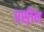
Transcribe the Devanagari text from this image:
रस़ीन